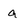
Character: a